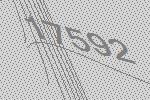
17592